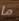
ما